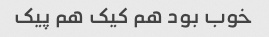
خوب بود هم کیک هم پیک